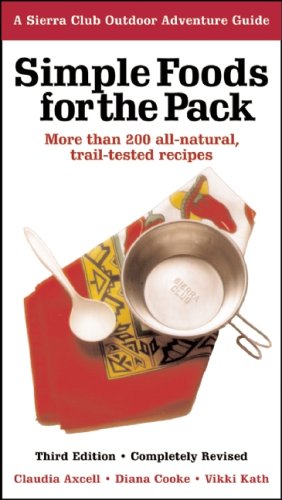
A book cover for Simple Foods for the Pack: More than 200 all-natural, trail-tested recipes (Sierra Club Outdoor Adventure Guide); Claudia Axcell; Cookbooks, Food & Wine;